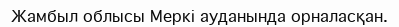
Жамбыл облысы Меркі ауданында орналасқан.